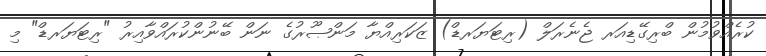
ކުރެއްވުމުން ބްރިގޭޑިއަރ ޖެނެރަލް (ރިޓަޔަރޑް) ޒަކަރިއްޔާ މަންޞޫރުގެ ނަން ބޭނުންކުރައްވާއިރު "ރިޓަޔަރޑް" މި